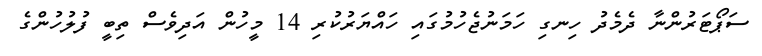
ސަޕޯޓަރުންނާ ދެމެދު ހިނގި ހަމަނުޖެހުމުގައި ހައްޔަރުކުރި 14 މީހުން އަދިވެސް ތިބީ ފުލުހުންގެ